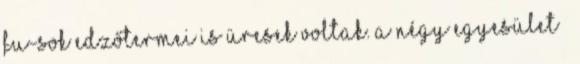
fu-sok edzőtermei is üresek voltak. A négy egyesület –